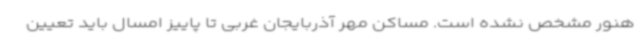
هنور مشخص نشده است. مساکن مهر آذربایجان غربی تا پاییز امسال باید تعیین